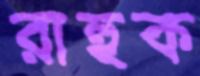
রাহুক